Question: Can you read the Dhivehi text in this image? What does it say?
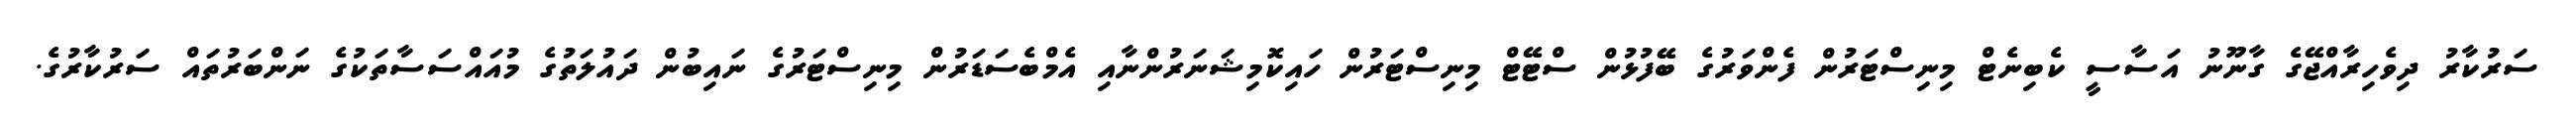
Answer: ސަރުކާރު ދިވެހިރާއްޖޭގެ ގާނޫނު އަސާސީ ކެބިނެޓް މިނިސްޓަރުން ފެންވަރުގެ ބޭފުޅުން ސްޓޭޓް މިނިސްޓަރުން ހައިކޮމިޝަނަރުންނާއި އެމްބެސަޑަރުން މިނިސްޓަރުގެ ނައިބުން ދައުލަތުގެ މުއައްސަސާތަކުގެ ނަންބަރުތައް ސަރުކާރުގެ.